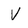
Character: V